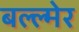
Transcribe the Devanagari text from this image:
बल्ल्मेर